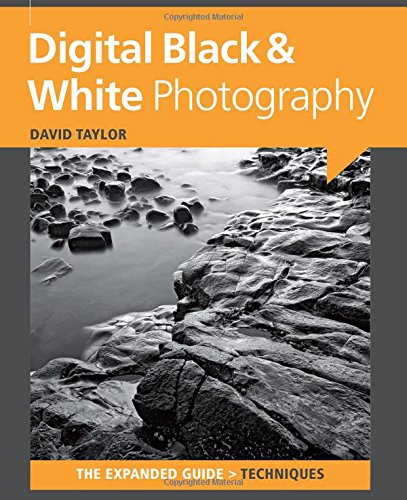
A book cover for Digital Black & White Photography (Expanded Guides - Techniques); David Taylor; Arts & Photography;